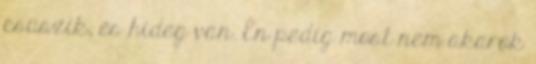
csúszik, és hideg van. Én pedig most nem akarok